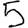
Digit: 5